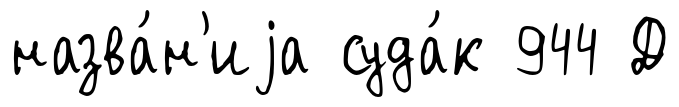
назва́н'иjа суда́к 944 Д